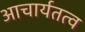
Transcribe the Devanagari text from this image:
आचार्यतत्व